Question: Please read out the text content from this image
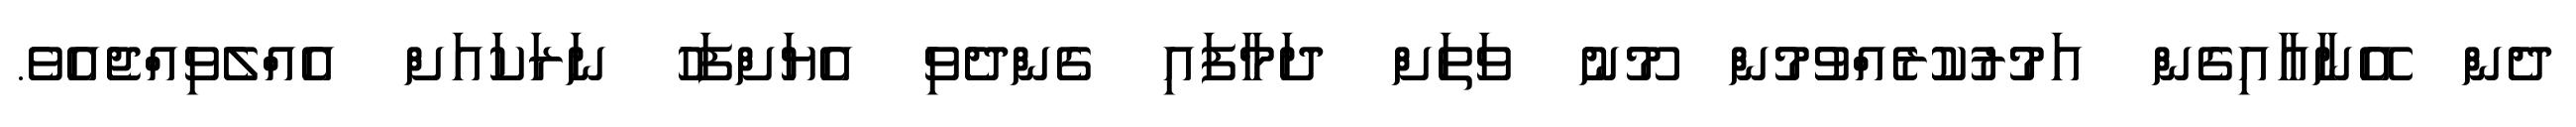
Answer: ދެން އޭނާއާއިގެން އަމުރުކުރެއްވުމުން މޫނު ވަތަށް ދަމާފައި ގެންދެވި އެޔަށްފަހު ނަރަކައަށް އެއްލެވިއްޖެއެވެ.